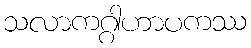
သလာကဂ္ဂါဟာပကဿ